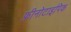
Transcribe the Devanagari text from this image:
फ़ीनोटाइपिक